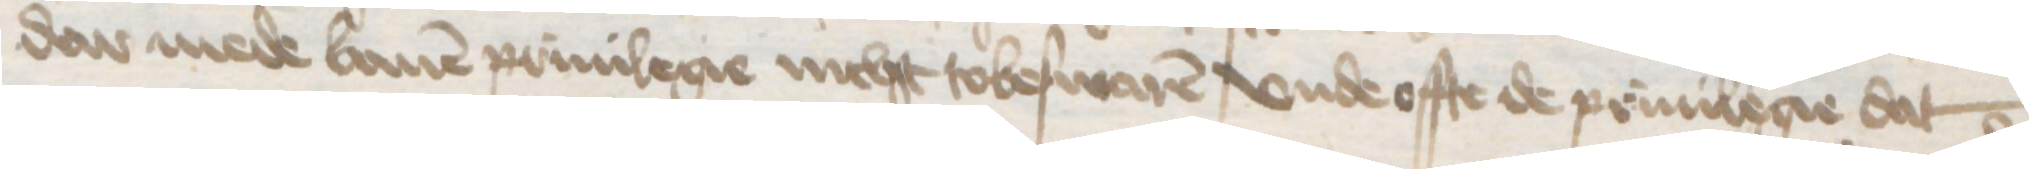
dar mede bauen priuilegie nicht tobeswaren vnde offte de priuilegie dat